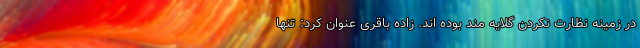
در زمینه نظارت نکردن گلایه مند بوده اند. زاده باقری عنوان کرد: تنها